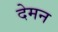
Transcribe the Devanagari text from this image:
देमन